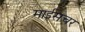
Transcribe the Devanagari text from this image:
माईसचर